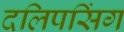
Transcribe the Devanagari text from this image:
दलिपसिंग